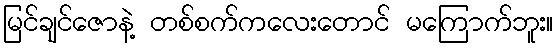
မြင်ချင်ဇောနဲ့ တစ်စက်ကလေးတောင် မကြောက်ဘူး။